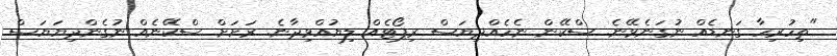
"ތިހުރިހާ ގަނޑެއް ނުގަނެވޭނެ. ސްކޭން ނެހެއްދިޔަސް ރިޕޯޓެއް ލިޔުއްވިދާނެ. ރަށަށް ސްކޭނެއް ނުގެންދިޔަޔަސް